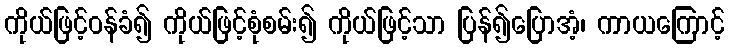
ကိုယ်ဖြင့်ဝန်ခံ၍ ကိုယ်ဖြင့်စုံစမ်း၍ ကိုယ်ဖြင့်သာ ပြန်၍ပြောအံ့၊ ကာယကြောင့်